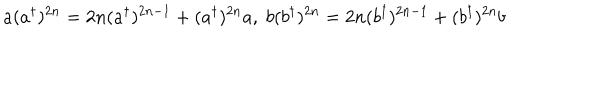
a ( a ^ { \dagger } ) ^ { 2 n } = 2 n ( a ^ { \dagger } ) ^ { 2 n - 1 } + ( a ^ { \dagger } ) ^ { 2 n } a , \; b ( b ^ { \dagger } ) ^ { 2 n } = 2 n ( b ^ { \dagger } ) ^ { 2 n - 1 } + ( b ^ { \dagger } ) ^ { 2 n } b